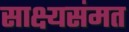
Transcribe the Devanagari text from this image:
साक्ष्यसंमत